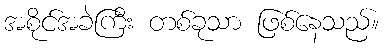
အစိုင်အခဲကြီး တစ်ခုသာ ဖြစ်နေသည်။